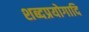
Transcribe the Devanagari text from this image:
शब्दप्रयोगादि